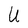
Character: U